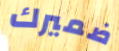
ضميرك